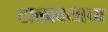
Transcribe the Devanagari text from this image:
टाळावयाचा